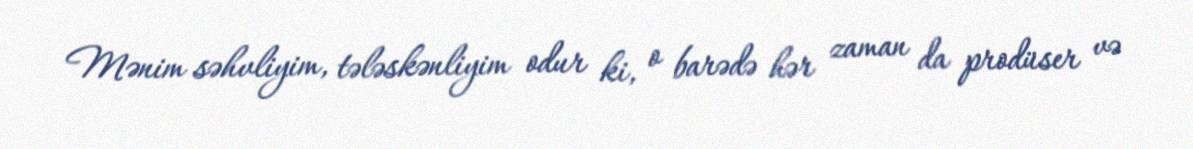
Mənim səhvliyim, tələskənliyim odur ki, o barədə hər zaman da prodüser və